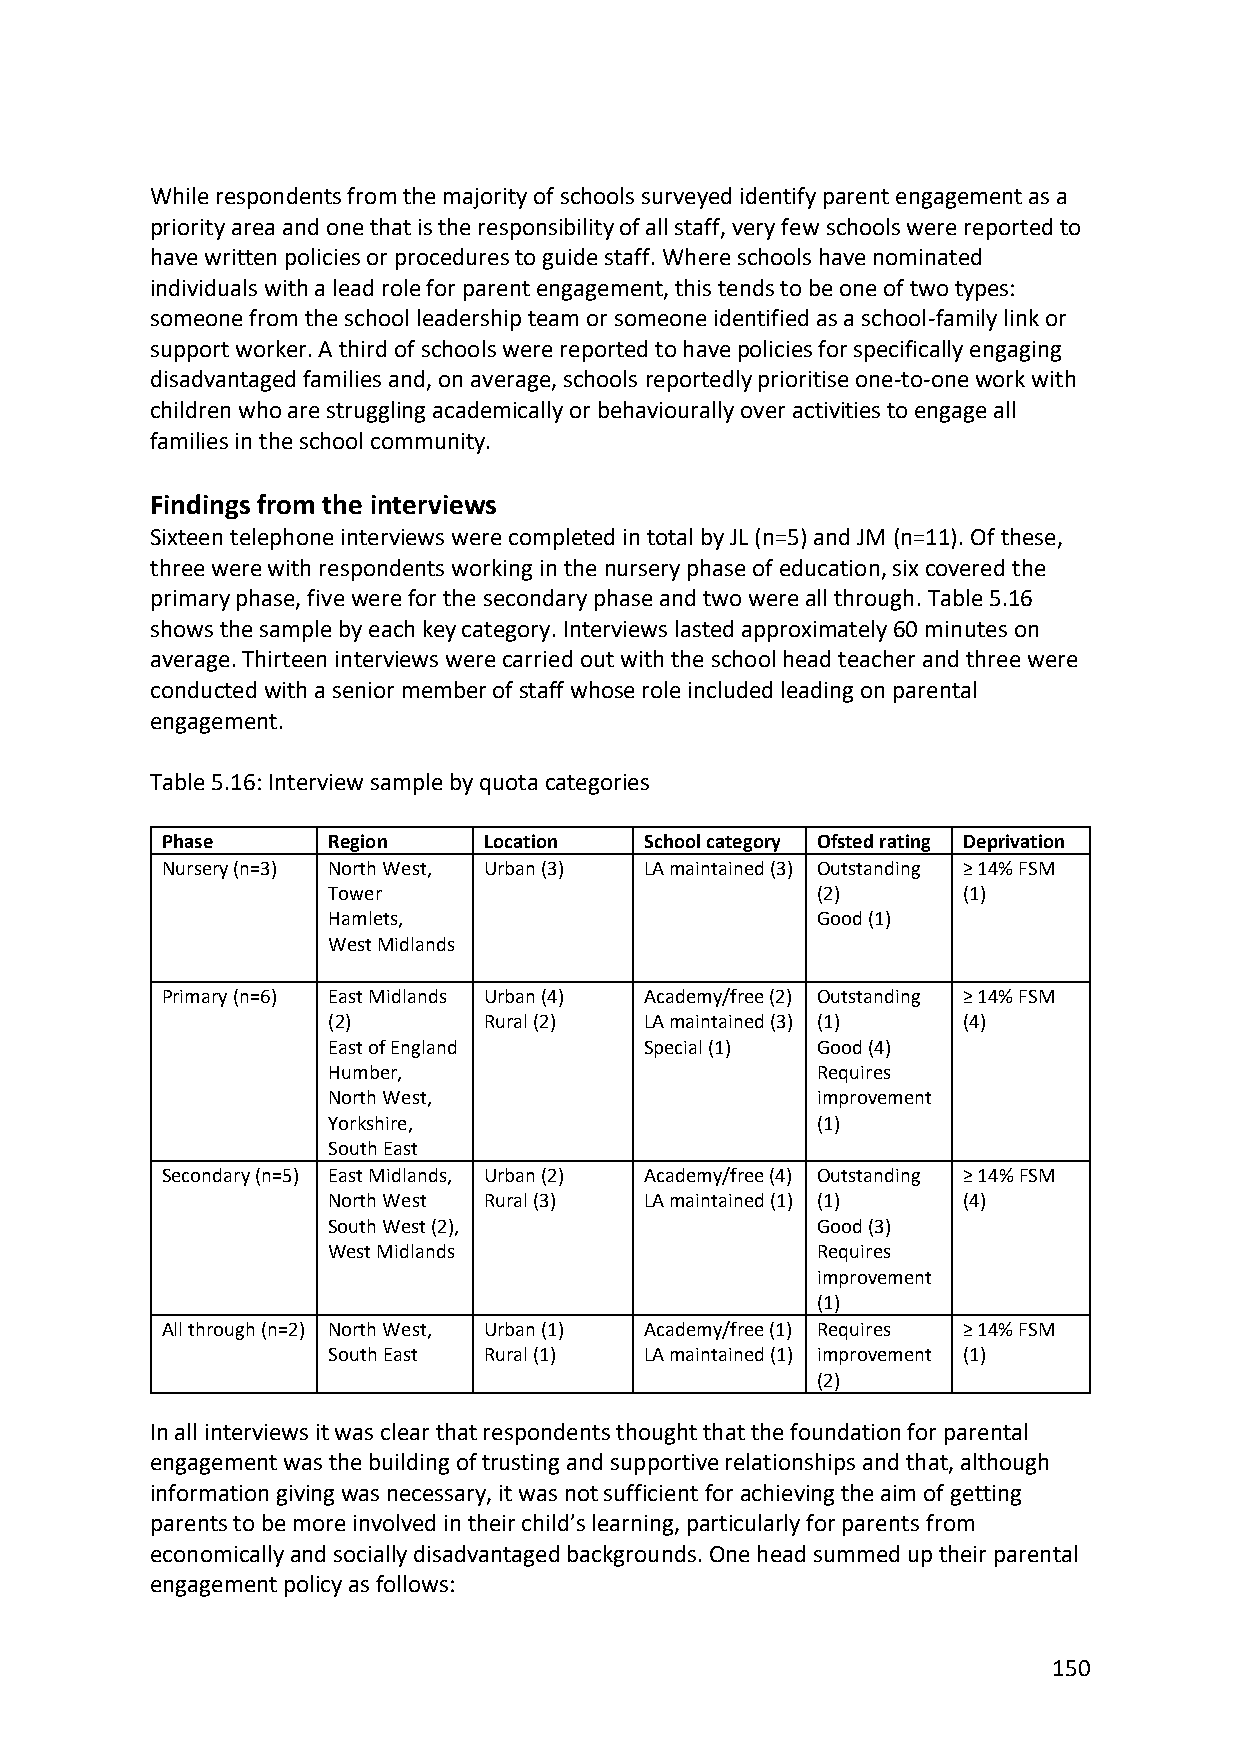
While respondents from the majority of schools surveyed identify parent engagement as a
 priority area and one that is the responsibility of all staff, very few schools were reported to
 have written policies or procedures to guide staff. Where schools have nominated
 individuals with a lead role for parent engagement, this tends to be one of two types:
 someone from the school leadership team or someone identified as a school-family link or
 support worker. A third of schools were reported to have policies for specifically engaging
 disadvantaged families and, on average, schools reportedly prioritise one-to-one work with
 children who are struggling academically or behaviourally over activities to engage all
 families in the school community.
 Findings from the interviews
 Sixteen telephone interviews were completed in total by JL (n=5) and JM (n=11). Of these,
 three were with respondents working in the nursery phase of education, six covered the
 primary phase, five were for the secondary phase and two were all through. Table 5.16
 shows the sample by each key category. Interviews lasted approximately 60 minutes on
 average. Thirteen interviews were carried out with the school head teacher and three were
 conducted with a senior member of staff whose role included leading on parental
 engagement.
 Table 5.16: Interview sample by quota categories
 Phase      Region    Location   School category Ofsted rating Deprivation
 Nursery (n=3) North West, Urban (3) LA maintained (3) Outstanding ≥ 14% FSM
 Tower                           (2)       (1)
 Hamlets,                        Good (1)
 West Midlands
 Primary (n=6) East Midlands Urban (4) Academy/free (2) Outstanding ≥ 14% FSM
 (2)       Rural (2)  LA maintained (3) (1) (4)
 East of England      Special (1) Good (4)
 Humber,                         Requires
 North West,                     improvement
 Yorkshire,                      (1)
 South East
 Secondary (n=5) East Midlands, Urban (2) Academy/free (4) Outstanding ≥ 14% FSM
 North West Rural (3) LA maintained (1) (1) (4)
 South West (2),                 Good (3)
 West Midlands                   Requires
 improvement
 (1)
 All through (n=2) North West, Urban (1) Academy/free (1) Requires ≥ 14% FSM
 South East Rural (1) LA maintained (1) improvement (1)
 (2)
 In all interviews it was clear that respondents thought that the foundation for parental
 engagement was the building of trusting and supportive relationships and that, although
 information giving was necessary, it was not sufficient for achieving the aim of getting
 parents to be more involved in their child’s learning, particularly for parents from
 economically and socially disadvantaged backgrounds. One head summed up their parental
 engagement policy as follows:
 150